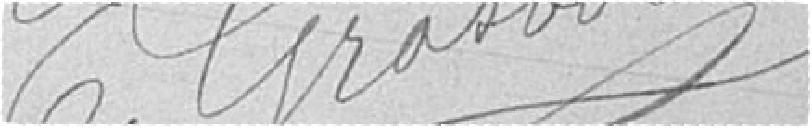
E. GRASBORN